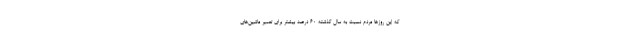
که این روزها مردم نسبت به سال گذشته ۶۰ درصد بیشتر برای تعمیر ماشین‌های